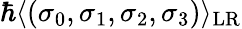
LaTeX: \hbar\langle(\sigma_{0},\sigma_{1},\sigma_{2},\sigma_{3})\rangle_{\mathrm{LR}}